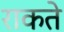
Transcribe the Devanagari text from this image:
राकते